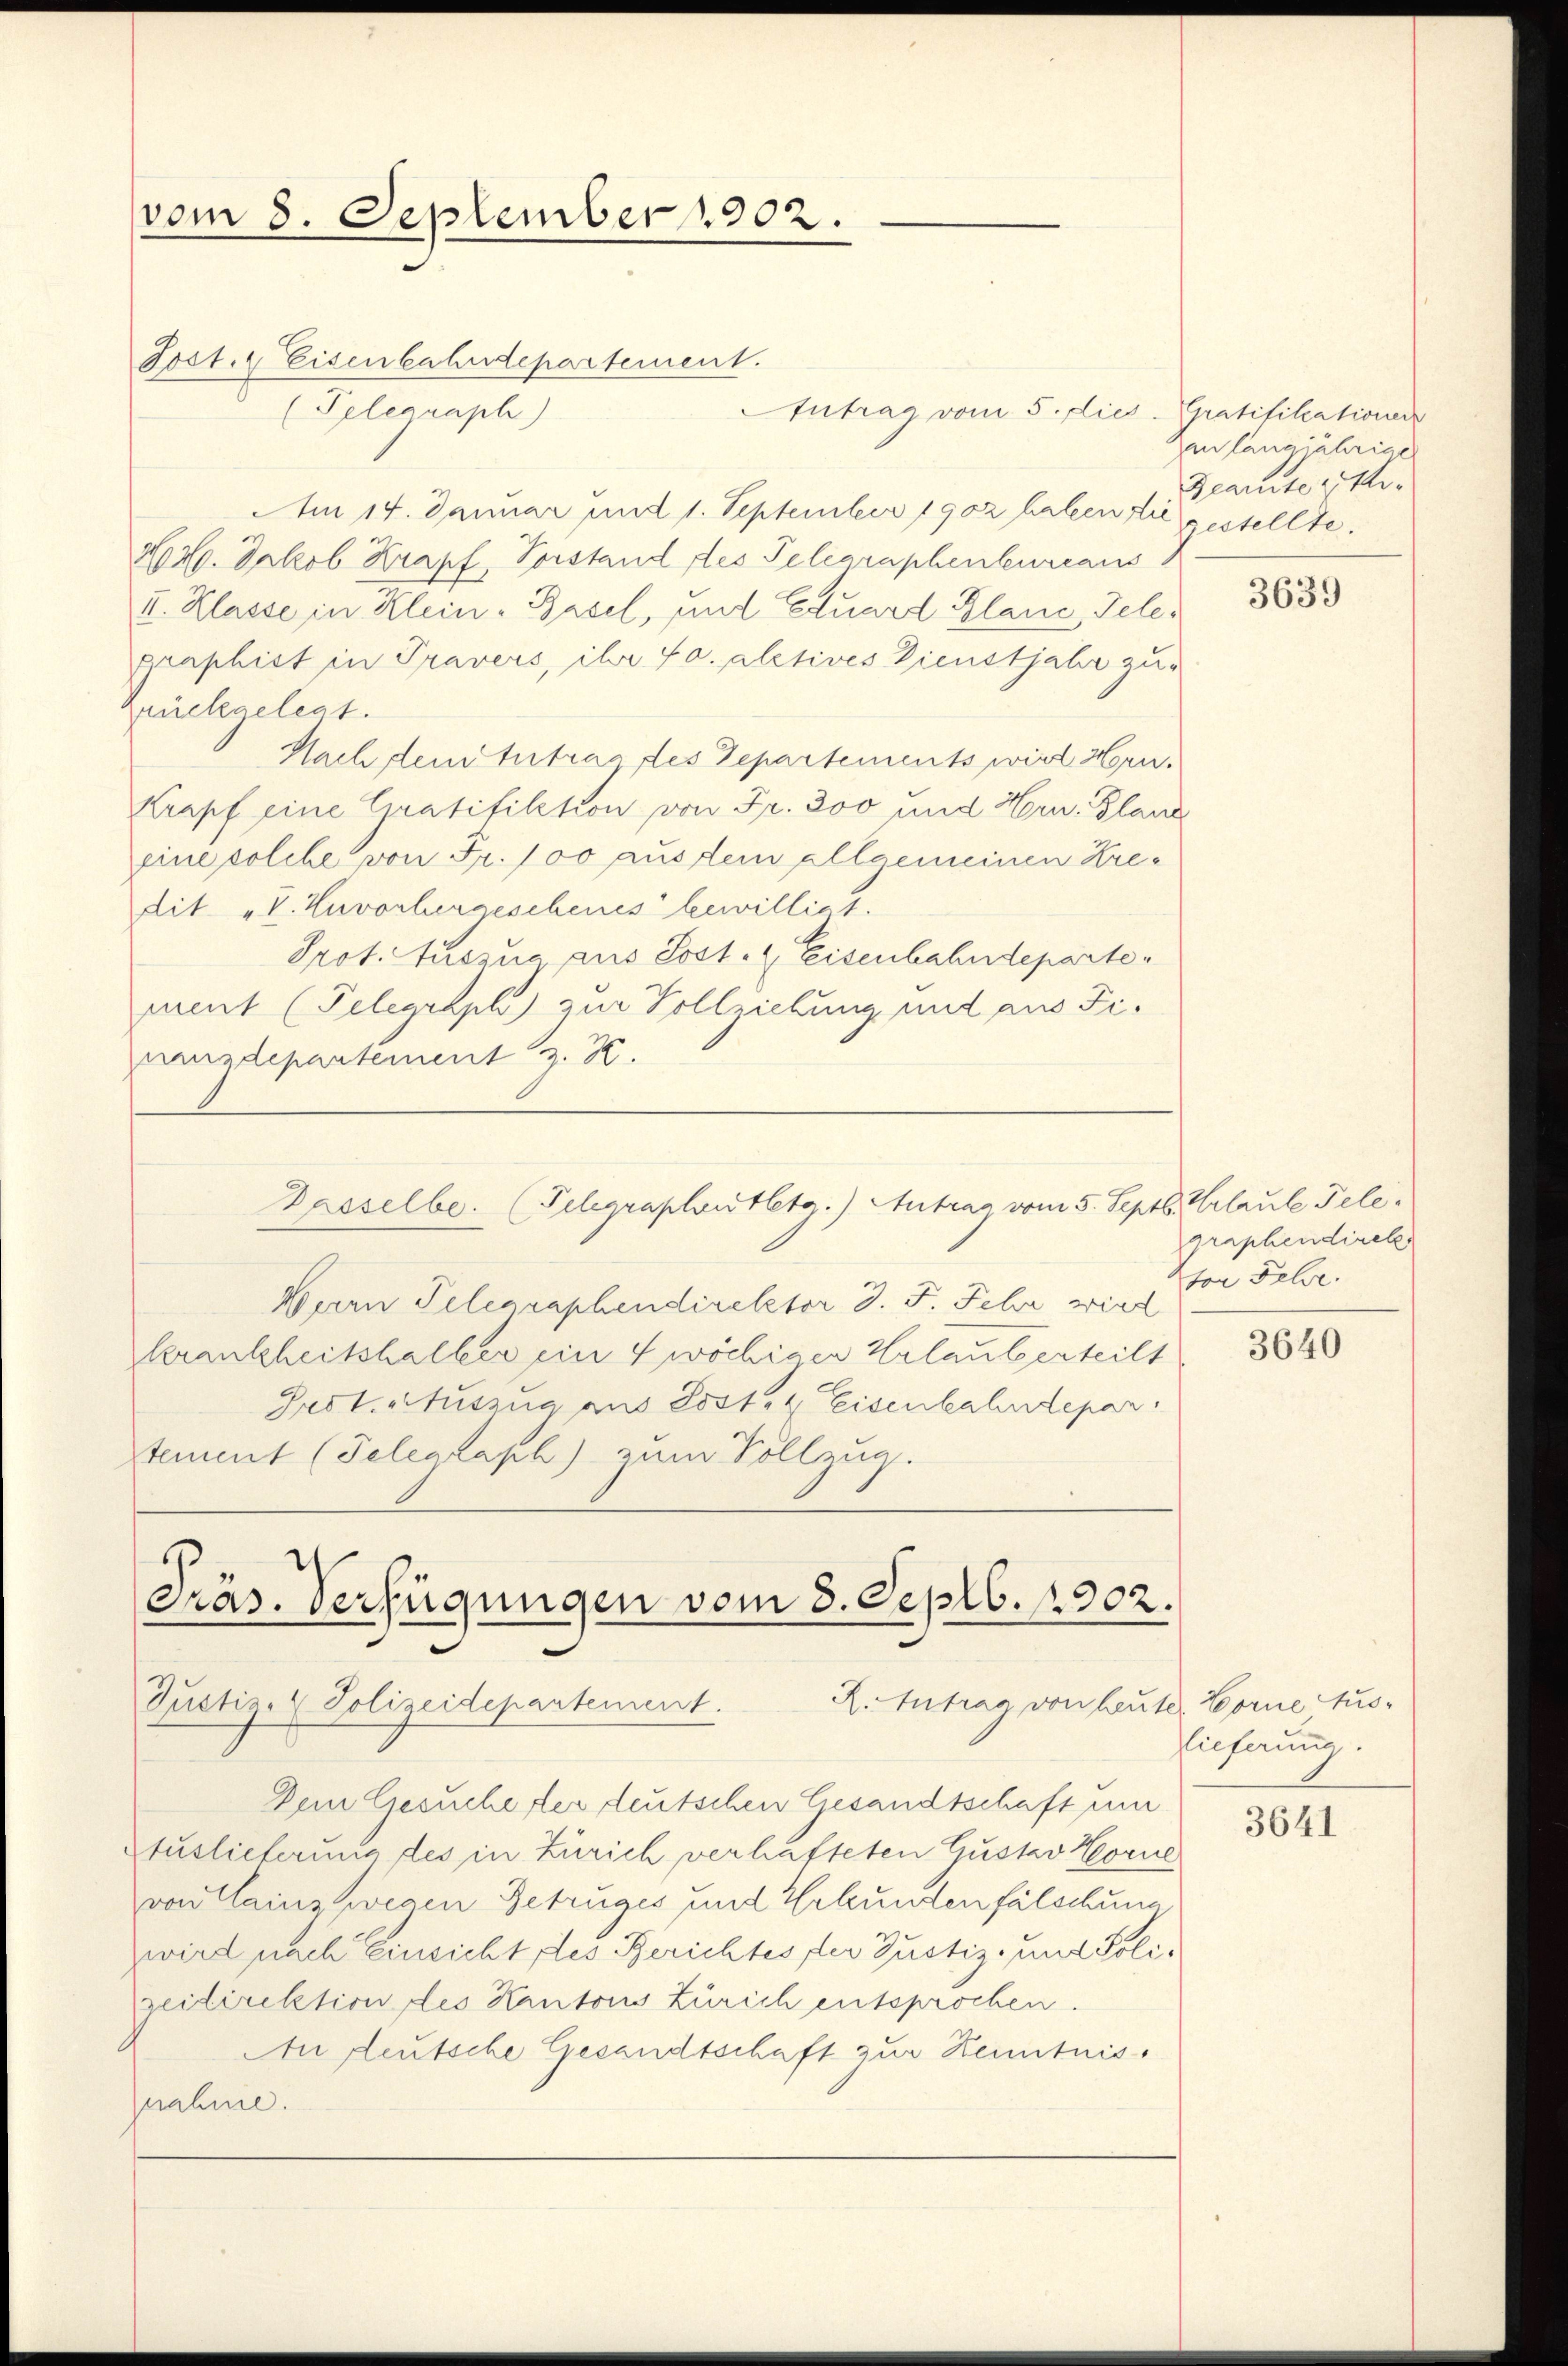
vom 8. September 1902.
Post. Eisenbahndepartement.
(Pelegraph)

Antrag vom 5. dies. Gratifikationer
Am 14. Januar und 1. September 1902 haben die gestellte.
H040. Jakob Krapf, Vorstand des Telegraphenbureaus
I. Klasse in Klein-Basel, und Eduard Planc, Telegraphist in Travers, ihr fo alctives Dienstjahr zu-
rückgelegt.
Nach dem Intrag des Departements wird Hrn.
Krapf eine Gratifikation von Fr. 300 und Hrn. Glanz
Eine solche von Fr. 100 aus dem allgemeinen Kredit „V. Zuvorhergeschenes bewilligt.
Prot. Auszug aus Sost. Eisenbahndeparte
mmt (Telegraph zur Vollziehung und aus Fiasdepartement z. K.
Dasselbe. (Telegraphistletg.) Antrag vom 5. Septb. Urlaule Tele¬
Waren Telegraphendirektor d. F. Fehr wird
Zkrankheitshalter ein 4 wöchigen Halause erteilt
Frect. Auszug aus Post- & Eisenbahndepar
Stement (Telegraph) zum Vollzug.

Präs. Verfügungen vom 8. Septb. 1902.
R. Antrag von Leute. Horne Aus¬
Justiz- (Polizeidepartement.

n langjährige
Beamte Hr.

Dem Gesucherer deutschen Gesandtschaft um
Auslieferung des in Zürich verhafteten Gustav Horne
von Clainz wegen Betruges und Erkundenfälschung
wird nach Einsicht des Berichtes der Justiz- und Polizeidirektion des Kantons Zürich entsprochen.
An deutsche Gesandtschaft zur Kenntnispnahme.

3639

graphendirek
tor Felse

3640

lieferung.

3641